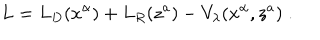
L = L _ { D } ( x ^ { \alpha } ) + L _ { R } ( z ^ { a } ) - V _ { \lambda } ( x ^ { \alpha } , z ^ { a } ) \; .